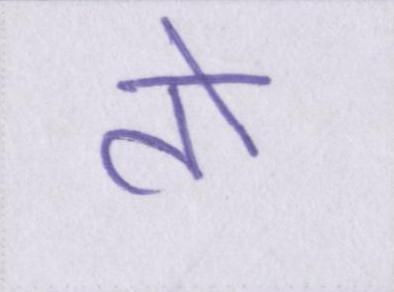
तो